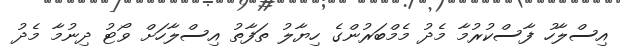
އިސްލާހު ފާސްކުރުމާ މެދު މެމްބަރުންގެ ހިޔާލު ތަފާތު އިސްލާހަށް ވޯޓު ދިނުމާ މެދު